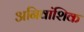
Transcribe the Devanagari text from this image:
अनिवांशिक